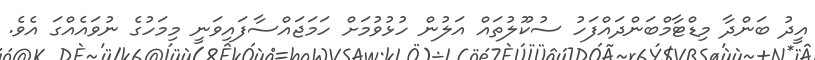
އީދު ބަންދާ މިޑްޓާމްބަންދައްފަހު ސުކޫލުތައް އަލުން ހުޅުވުމަށް ހަމަޖައްސާފައިވަނީ މިމަހުގެ ނުވައެއްގަ އެވެ.